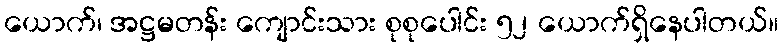
ယောက်၊ အဋ္ဌမတန်း ကျောင်းသား စုစုပေါင်း ၅၂ ယောက်ရှိနေပါတယ်။